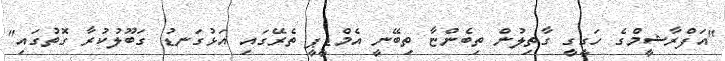
"އަފްރާޝީމްގެ ހަގީގީ ގާތިލުން ތިބެންޏާ ތިބޭނީ އެމްޑީޕީ ތެރޭގައި އަޅުގަނޑު ގަބޫލުކުރާ ގޮތުގައި"